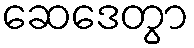
ဆေဒေတွာ